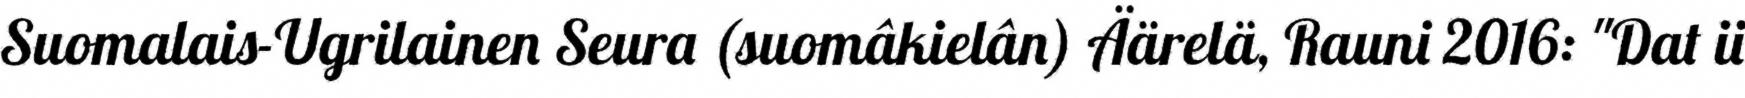
Suomalais-Ugrilainen Seura (suomâkielân) Äärelä, Rauni 2016: "Dat ii